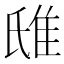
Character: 𨾛